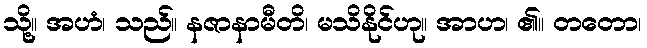
သို့။ အဟံ၊ သည်။ နဇာနာမီတိ၊ မသိနိုင်ဟု။ အာဟ၊ ၏။ တတော၊